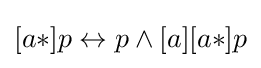
[a*]p\leftrightarrow p\land [a][a*]p\,\!